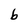
Character: b